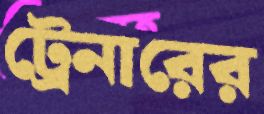
ট্রেনারের